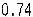
0.74